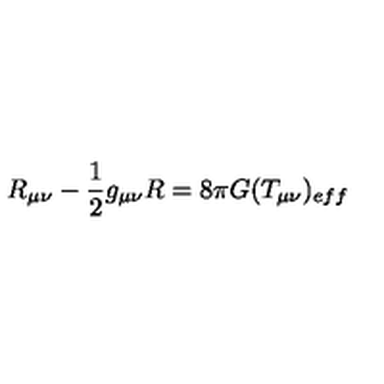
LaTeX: R _ { \mu \nu } - \frac { 1 } { 2 } g _ { \mu \nu } R = 8 \pi G ( T _ { \mu \nu } ) _ { e f f }